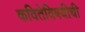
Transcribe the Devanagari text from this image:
कवितेविषयीची